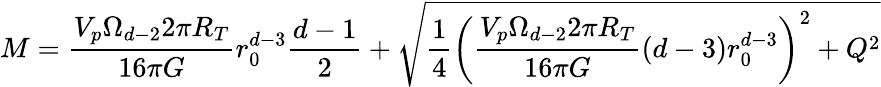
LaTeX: M=\frac{V_{p}\Omega_{d-2}2\pi R_{T}}{16\pi G}r_{0}^{d-3}\frac{d-1}{2}+\sqrt{\frac{1}{4}\left(\frac{V_{p}\Omega_{d-2}2\pi R_{T}}{16\pi G}(d-3)r_{0}^{d-3}\right)^{2}+Q^{2}}